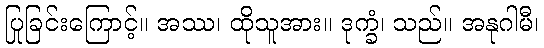
ပြုခြင်းကြောင့်။ အဿ၊ ထိုသူအား။ ဒုက္ခံ၊ သည်။ အနုဂါမီ၊